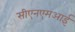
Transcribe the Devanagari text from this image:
सीएनएमआई